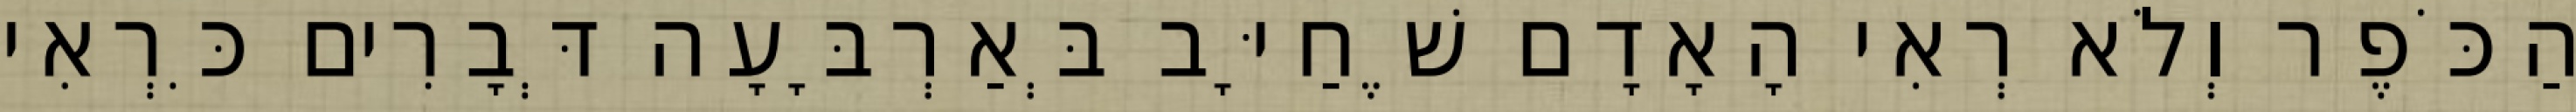
הַכֹּפֶר וְלֹא רְאִי הָאָדָם שֶׁחַיָּב בְּאַרְבָּעָה דְּבָרִים כִּרְאִי